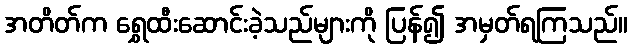
အတိတ်က ရွှေထီးဆောင်းခဲ့သည်များကို ပြန်၍ အမှတ်ရကြသည်။